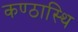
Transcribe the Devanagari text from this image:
कण्ठास्थि